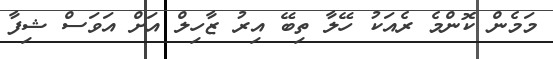
މަމެން ކޮންމެ ރެއަކު ހޭލާ ތިބޭ އިރު ޒާހިލް އަށް އަވަސް ޝިފާ